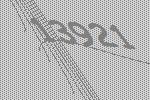
13921